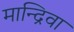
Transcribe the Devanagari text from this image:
मान्द्रिवा